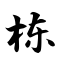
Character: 栋